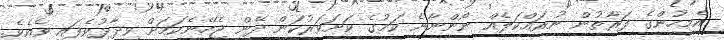
އެމީހުންގެ ފަރާތުން ނުރައްކަލެއް ނޯންނާނެ ކަމުގެ ކަށަވަރުކަން ދޭން ޖެހޭނެކަމަށް ވިދާޅުވެފައި ވެއެވެ.